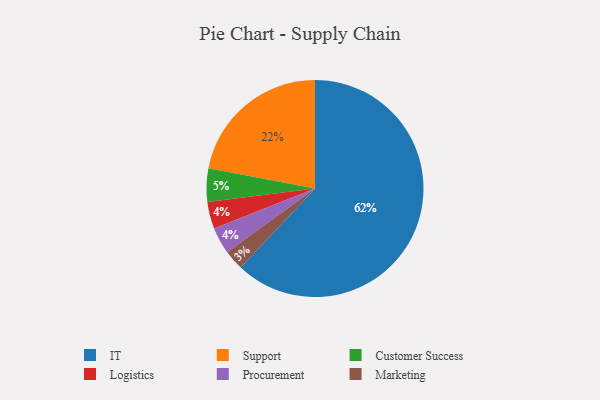
{"axis": {"x": "Category", "y": "Percentage"}, "legend": ["Customer Success", "IT", "Logistics", "Marketing", "Procurement", "Support"], "data": [{"x": "Logistics", "y": 4, "type": "Logistics"}, {"x": "IT", "y": 62, "type": "IT"}, {"x": "Customer Success", "y": 5, "type": "Customer Success"}, {"x": "Support", "y": 22, "type": "Support"}, {"x": "Marketing", "y": 3, "type": "Marketing"}, {"x": "Procurement", "y": 4, "type": "Procurement"}]}